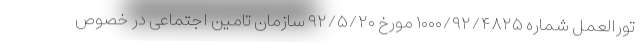
تورالعمل شماره ۱۰۰۰/۹۲/۴۸۲۵ مورخ ۹۲/۵/۲۰ سازمان تامین اجتماعی در خصوص